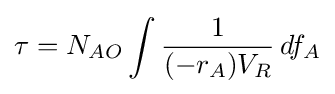
\tau =N_{AO}\int {\frac {1}{(-r_{A})V_{R}}}\,df_{A}